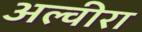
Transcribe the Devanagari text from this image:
अल्वीरा